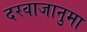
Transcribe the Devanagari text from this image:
दरवाजानुमा